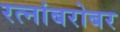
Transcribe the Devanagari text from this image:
रत्नांबरोबर